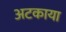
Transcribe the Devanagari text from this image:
अटकाया